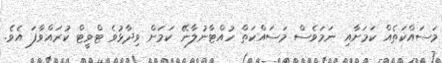
މަސައްކަތެއް ކަމަށާއި ނަމަވެސް މަސައްކަތް ހުއްޓާނުލާނޭ ކަމަށް ވިދާޅުވެ ޓްވީޓް ކުރައްވާފަ އެވެ.